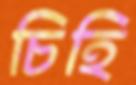
চিহি